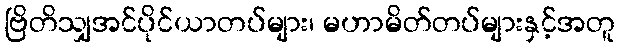
ဗြိတိသျှအင်ပိုင်ယာတပ်များ၊ မဟာမိတ်တပ်များနှင့်အတူ